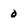
Character: 0